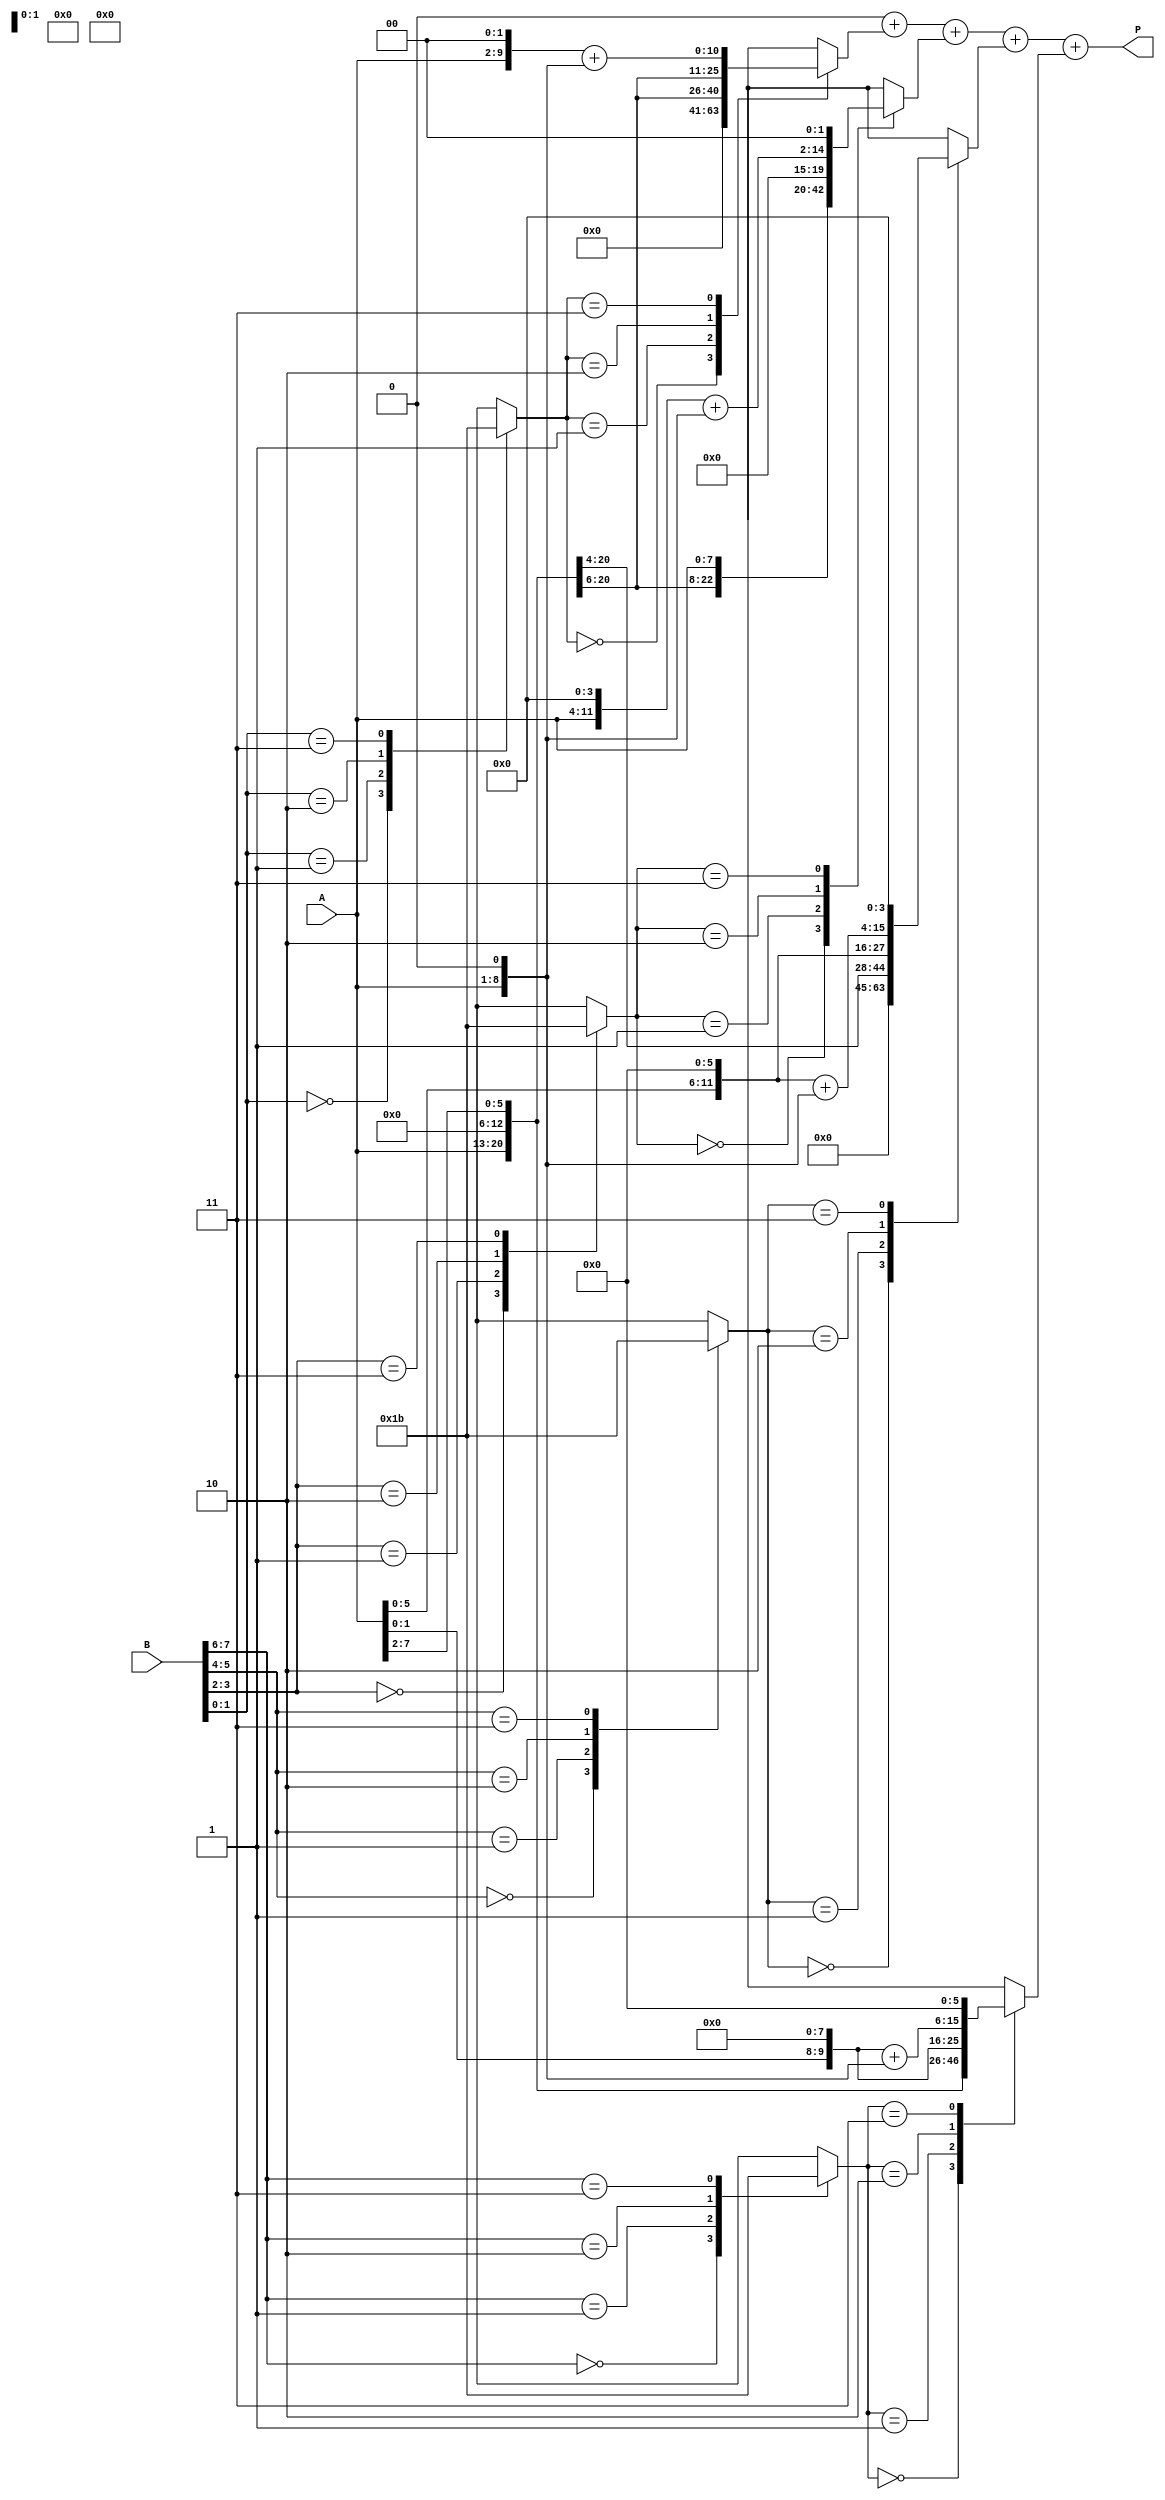
module radix4_multiplier #(parameter N = 8) (
    input  wire [N-1:0] A,  // Multiplicand
    input  wire [N-1:0] B,  // Multiplier
    output reg  [2*N-1:0] P // Product
);

    // Internal signals for encoding and partial products
    reg [1:0] encoded [N/2-1:0]; // Encoded values for each pair of bits
    reg [2*N-1:0] pp [0:N/2-1];   // Partial products
    integer i;
    
    // Generate the encoded values based on the multiplier
    always @(*) begin
        for (i = 0; i < N/2; i = i + 1) begin
            case ({B[2*i+1], B[2*i]})
                2'b00: encoded[i] = 2'd0; // 0
                2'b01: encoded[i] = 2'd1; // 1
                2'b10: encoded[i] = 2'd2; // 2
                2'b11: encoded[i] = 2'd3; // 3
                default: encoded[i] = 2'd0; // Default case
            endcase
        end
    end

    // Generate the partial products based on the encoded values
    always @(*) begin
        for (i = 0; i < N/2; i = i + 1) begin
            case (encoded[i])
                2'd0: pp[i] = 0;                          // No partial product
                2'd1: pp[i] = {A, 1'b0} << (2*i);         // A
                2'd2: pp[i] = {A, 1'b0} << (2*i + 1);     // 2A
                2'd3: pp[i] = ({A, 1'b0} << (2*i + 1)) + {A, 1'b0} << (2*i); // 3A
                default: pp[i] = 0;                       // Default case
            endcase
        end
    end

    // Accumulate the partial products
    always @(*) begin
        P = 0; // Initialize product
        for (i = 0; i < N/2; i = i + 1) begin
            P = P + pp[i]; // Add each partial product
        end
    end
    
endmodule